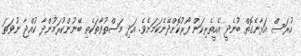
ހުރަސް އަޅާނެގޮތް ބުނެދީ އެހީތެރިކަން ފޯރުކޮށްދޭނެކަމަށެވެ. އަދި މަސްތުވާތަކެތި ބޭނުންކުރަމުންދާ ކުއްޖާ ނުވަތަ